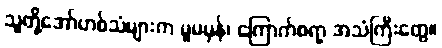
သူတို့အော်ဟစ်သံများက မူမမှန်၊ ကြောက်စရာ့ အသံကြီးတွေ။